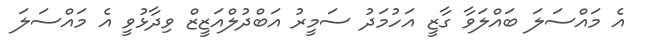
އެ މައްސަލަ ބައްލަވާ ގާޒީ އަހުމަދު ސަމީރު އަބްދުލްއަޒީޒް ވިދާޅުވީ އެ މައްސަލަ